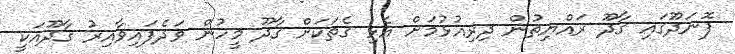
ފޮނަދޫގައި ގާދޫ ރައްޔިތުން ދިރިއުޅުމަށް އެޅި ގެތަކަށް ގާދޫ މީހުން ވަދެފައިވާއިރު ގާދޫއަކީ